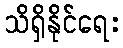
သိရှိနိုင်ရေး